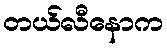
တယ်လီနောက